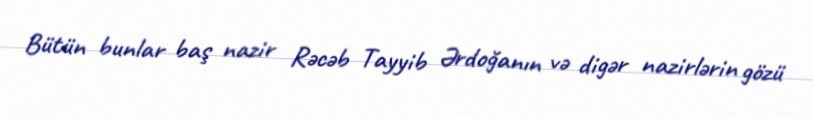
Bütün bunlar baş nazir Rəcəb Tayyib Ərdoğanın və digər nazirlərin gözü